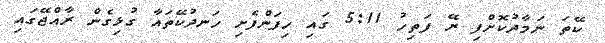
ކޭތަ ނަމާދުކޮށްފި ރޭ ފަތިހު 5:11 ގައި ހިފަންފެށި ހަނދުކޭތައާ ގުޅިގެން ރާއްޖޭގައި